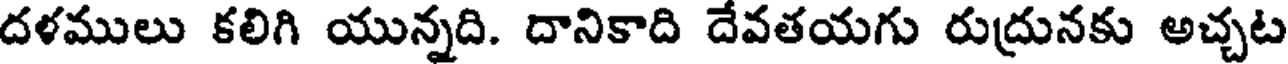
దళములు కలిగి యున్నది. దానికాది దేవతయగు రుద్రునకు అచ్చట